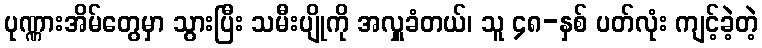
ပုဏ္ဏားအိမ်တွေမှာ သွားပြီး သမီးပျိုကို အလှူခံတယ်၊ သူ ၄၈-နှစ် ပတ်လုံး ကျင့်ခဲ့တဲ့